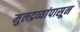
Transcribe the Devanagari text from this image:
मुलद्रव्यांपासून